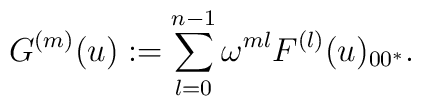
G^{(m)}(u):=\sum_{l=0}^{n-1} \omega ^{ml} F^{(l)}(u)_{00^* }.